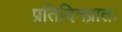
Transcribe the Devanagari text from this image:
प्रतिदिनप्रातः